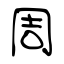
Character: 周